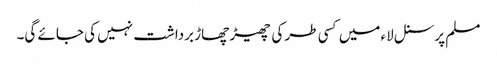
مسلم پرسنل لاء میں کسی طر کی چھیڑ چھاڑ برداشت نہیں کی جائے گی۔